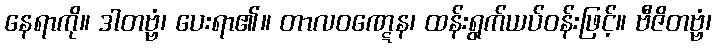
နေရာကို။ ဒါတဗ္ဗံ၊ ပေးရာ၏။ တာလဝဏ္ဋေန၊ ထန်းရွက်ယပ်ဝန်းဖြင့်။ ဗီဇိတဗ္ဗံ၊